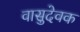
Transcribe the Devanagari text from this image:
वासुदेवक